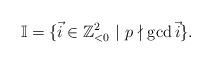
LaTeX: \begin{align*}\mathbb{I} &= \{\vec{i}\in\mathbb{Z}_{<0}^2\ |\ p\nmid\gcd\vec{i} \}.\end{align*}